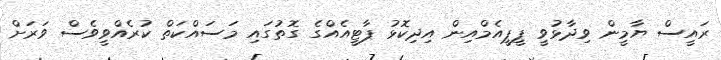
ރައީސް ޔާމީން ވިދާޅުވީ ޕީޕީއެމްއިން އިދިކޮޅު ޕާޓީއެއްގެ ގޮތުގައި މަސައްކަތް ކުރެއްވީވެސް ވަރަށް